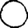
Digit: 0